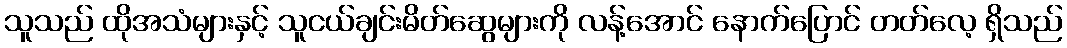
သူသည် ထိုအသံများနှင့် သူငယ်ချင်းမိတ်ဆွေများကို လန့်အောင် နောက်ပြောင် တတ်လေ့ ရှိသည်